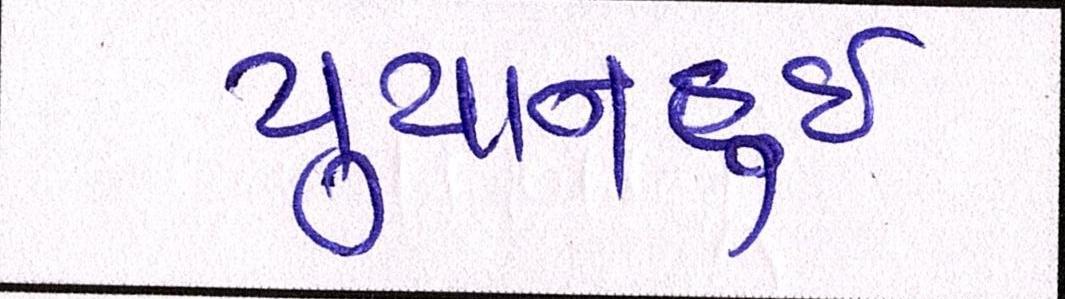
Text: યુયાનહુઈ